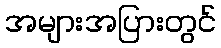
အများအပြားတွင်